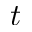
t